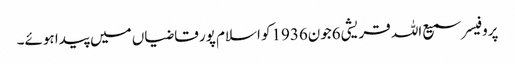
پروفیسر سمیع اللہ قریشی6جون1936کو اسلام پور قاضیاں میں پیدا ہوئے۔